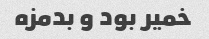
خمیر بود و بدمزه